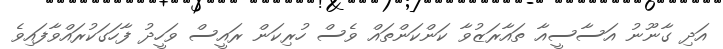
އަދި ގާނޫނު އަސާސީއާ ތައާރަޒުވާ ކަންކަންތައް ވެސް ހުރިކަން ރައީސް ވަހީދު ފާހަގަކުރައްވާފައިވެ